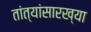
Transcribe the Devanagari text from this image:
तांत्यांसारख्या